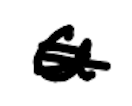
Text: a
Cross-out: scratch
Writing tool: digital_black